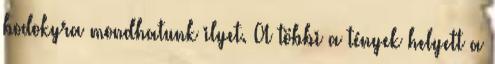
bodokyra mondhatunk ilyet. A többi a tények helyett a